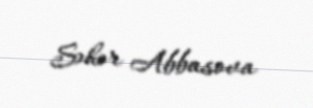
Səhər Abbasova